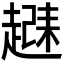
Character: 𬦗